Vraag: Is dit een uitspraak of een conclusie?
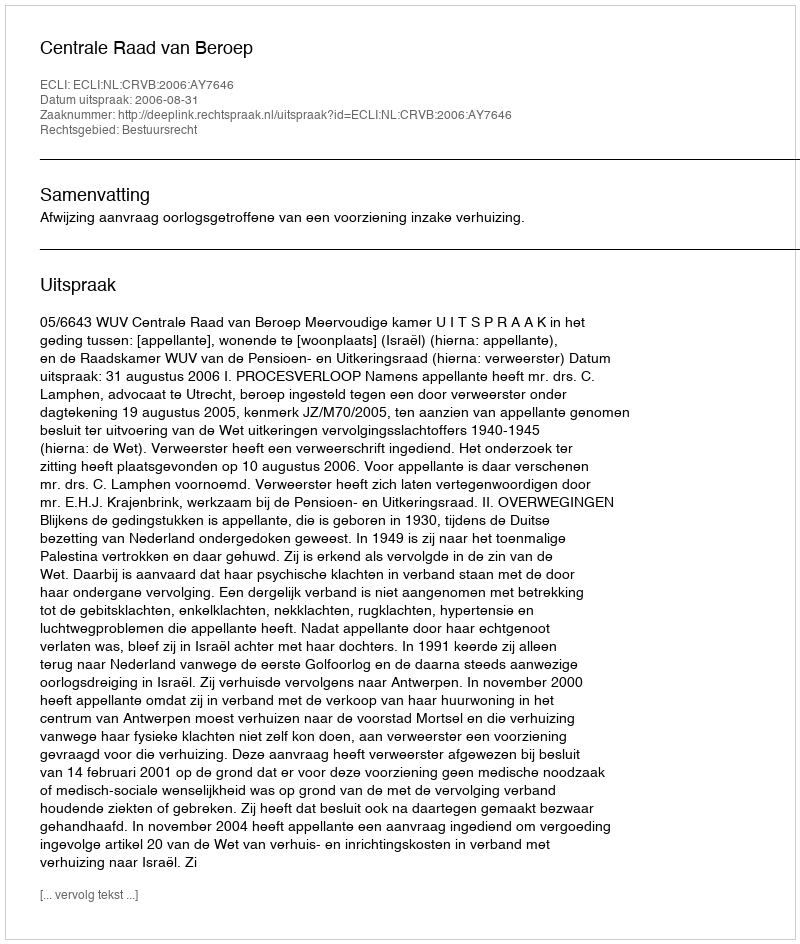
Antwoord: Uitspraak